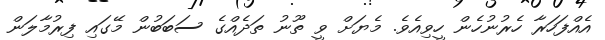
އެއްފަހަރާ ހެރުނުހެން ހީވިއެވެ. މެޔަށް ވީ ތޫނު ތަދެއްގެ ސަބަބުން މޭގައި ފިރުމާލަން